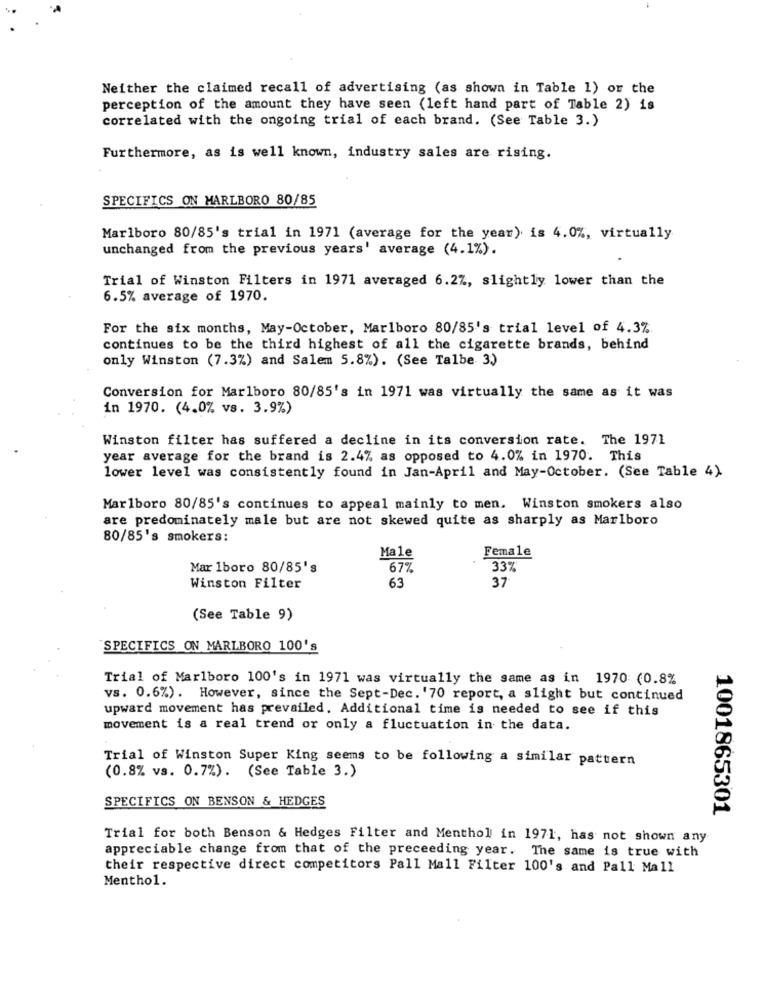
Neither the claimed recall of advertising (as shown in Table 1) or the
perception of the amount they have seen (left hand part of Table 2) is
correlated with the ongoing trial of each brand. (See Table 3.)
Furthermore, as is well known, industry sales are rising.
SPECIFICS ON MARLBORO 80/85
Marlboro 80/85's trial in 1971 (average for the year) is 4.0%, virtually
unchanged from the previous years' average (4.1%).
Trial of Winston Filters in 1971 averaged 6.2%, slightly lower than the
6.5% average of 1970.
For the six months, May-October, Marlboro 80/85's trial level of 4.3%
continues to be the third highest of all the cigarette brands, behind
only Winston (7.3%) and Salem 5.8%). (See Talbe 3)
Conversion for Marlboro 80/85's in 1971 was virtually the same as it was
in 1970. (4.0% vs. 3.9%)
Winston filter has suffered a decline in its conversion rate. The 1971
year average for the brand is 2.4% as opposed to 4.0% in 1970. This
lower level was consistently found in Jan-April and May-October. (See Table 4).
Marlboro 80/85's continues to appeal mainly to men. Winston smokers also
are predominately male but are not skewed quite as sharply as Marlboro
80/85's smokers:
Male
Female
Mar 1boro 80/85's
672
33%
63
37
Winston Filter
(See Table 9)
SPECIFICS ON MARLBORO 100's
Trial of Marlboro 100's in 1971 was virtually the same as in 1970 (0.8%
vs. 0.6%). However, since the Sept-Dec. '70 report, a slight but continued
upward movement has prevailed. Additional time is needed to see if this
movement is a real trend or only a fluctuation in the data.
Trial of Winston Super King seems to be following a similar pattern
(0.8% vs. 0.7%). (See Table 3.)
SPECIFICS ON BENSON & HEDGES
1001865301
Trial for both Benson & Hedges Filter and Menthol in 1971, has not shown any
appreciable change from that of the preceeding year. The same is true with
their respective direct competitors Pall Mall Filter 100's and Pall Mall
Menthol.